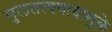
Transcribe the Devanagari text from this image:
मुलतत्ववादामुळे